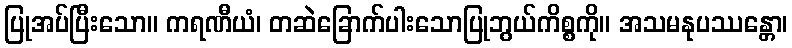
ပြုအပ်ပြီးသော။ ကရဏီယံ၊ တဆဲခြောက်ပါးသောပြုဘွယ်ကိစ္စကို။ အသမနုပဿန္တော၊